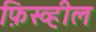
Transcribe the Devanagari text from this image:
फ़िस्व्हील